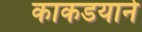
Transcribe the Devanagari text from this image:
काकडयाने